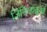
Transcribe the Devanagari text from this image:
जिनिव्हातूनच